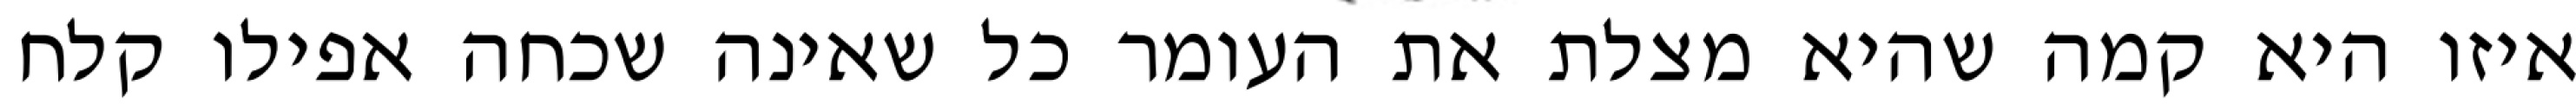
איזו היא קמה שהיא מצלת את העומר כל שאינה שכחה אפילו קלח